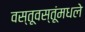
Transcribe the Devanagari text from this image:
वस्तूवस्तूंमधले